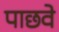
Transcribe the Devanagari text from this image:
पाछवे